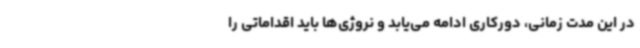
در این مدت زمانی، دورکاری ادامه می‌یابد و نروژی‌ها باید اقداماتی را